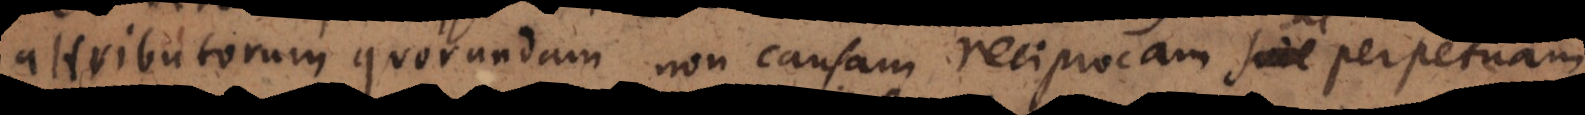
attributorum quorundam non causam reciprocam sive